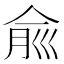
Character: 𠉽